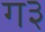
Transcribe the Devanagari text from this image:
ग३